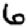
Digit: 6